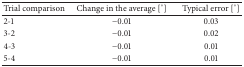
| Trial comparison | Change in the average [°] | Typical error [°] |
 | --- | --- | --- |
 | 2-1 | −0.01 | 0.03 |
 | 3-2 | −0.01 | 0.02 |
 | 4-3 | −0.01 | 0.01 |
 | 5-4 | −0.01 | 0.01 |